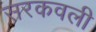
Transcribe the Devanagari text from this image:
सरकवली